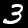
Label: 3